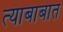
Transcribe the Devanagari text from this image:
त्याबाबात